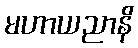
မဟာယညာနိ